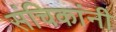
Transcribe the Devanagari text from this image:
संचिकांनी